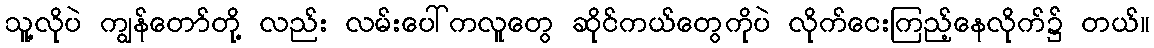
သူ့လိုပဲ ကျွန်တော်တို့ လည်း လမ်းပေါ်ကလူတွေ ဆိုင်ကယ်တွေကိုပဲ လိုက်ငေးကြည့်နေလိုက်၌ တယ်။